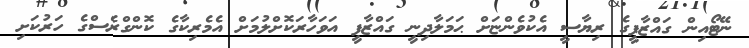
ނޭޓޯއިން ގައްޒާފީގެ ރިޔާސީ އެކުވެންޏަށް ޙަމަލާދިނީ ގައްޒާފީ އަވަހާރަކޮށްލުމަށް އެމެރިކާގެ ކޮންގްރެސްގެ ހަރުކަށި